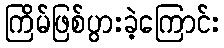
ကြိမ်ဖြစ်ပွားခဲ့ကြောင်း